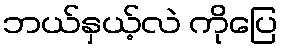
ဘယ်နှယ့်လဲ ကိုပြေ